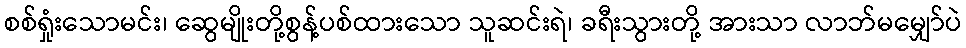
စစ်ရှုံးသောမင်း၊ ဆွေမျိုးတို့စွန့်ပစ်ထားသော သူဆင်းရဲ၊ ခရီးသွားတို့ အားသာ လာဘ်မမျှော်ပဲ